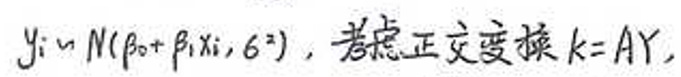
$y_{i}\sim N(\beta _{0}+\beta _{1}x_{i},\sigma ^{2}),$考虑正交变换$k = AY,$